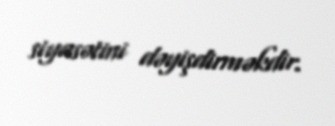
siyasətini dəyişdirməkdir.